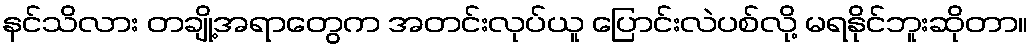
နင်သိလား တချို့အရာတွေက အတင်းလုပ်ယူ ပြောင်းလဲပစ်လို့ မရနိုင်ဘူးဆိုတာ။